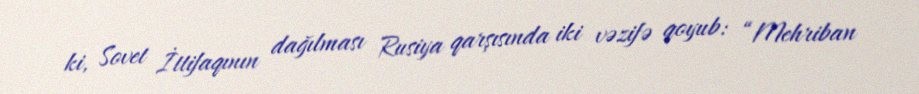
ki, Sovet İttifaqının dağılması Rusiya qarşısında iki vəzifə qoyub: “Mehriban